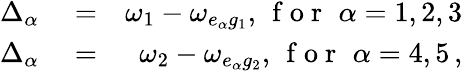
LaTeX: \begin{array}{rlr}{\Delta_{\alpha}}&{{}=}&{\omega_{1}-\omega_{e_{\alpha}g_{1}},\, \mathrm{~f~o~r~}\, \, \alpha=1,2,3}\\ {\Delta_{\alpha}}&{{}=}&{\omega_{2}-\omega_{e_{\alpha}g_{2}},\, \mathrm{~f~o~r~}\, \, \alpha=4,5\, ,}\end{array}